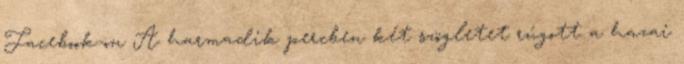
Facebook-on A harmadik percben két szögletet rúgott a hazai